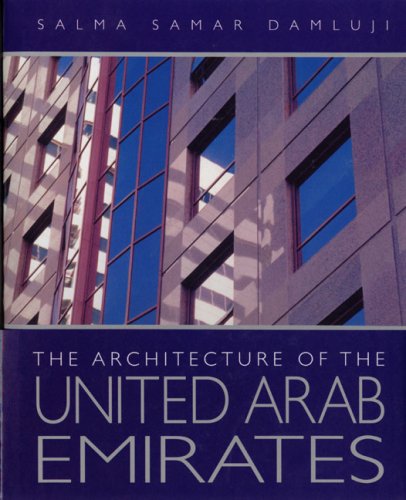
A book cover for The Architecture of the United Arab Emirates; History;